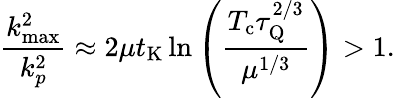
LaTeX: \frac{k_{\mathrm{max}}^{2}}{k_{p}^{2}}\approx 2\mu t_{\mathrm{K}}\ln\left({\frac{T_{\mathrm{c}}\tau_{\mathrm{Q}}^{2/3}}{\mu^{1/3}}}\right)>1.